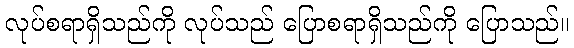
လုပ်စရာရှိသည်ကို လုပ်သည် ပြောစရာရှိသည်ကို ပြောသည်။